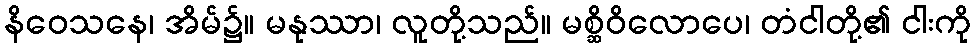
နိဝေသနေ၊ အိမ်၌။ မနုဿာ၊ လူတို့သည်။ မစ္ဆိဝိလောပေ၊ တံငါတို့၏ ငါးကို